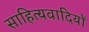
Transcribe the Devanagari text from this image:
साहित्यवादियों